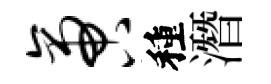
啻種潛